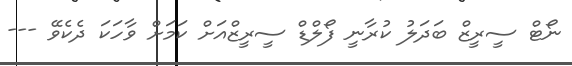
ނޯޓް ސީރީޒް ބަދަލު ކުރާނީ ފޯލްޑް ސީރީޒްއަށް ކަމަށް ވާހަކަ ދެކެވޭ ---